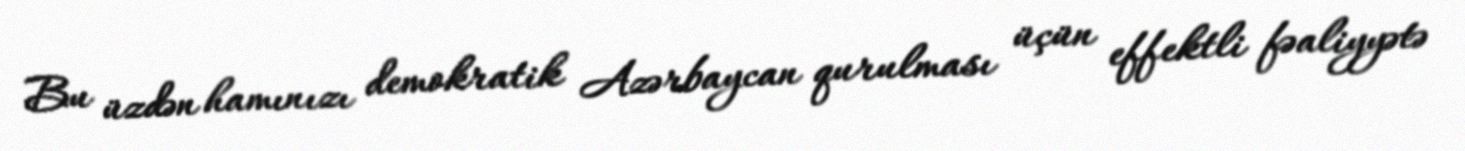
Bu üzdən hamınızı demokratik Azərbaycan qurulması üçün effektli fəaliyyətə